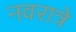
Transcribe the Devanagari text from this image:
नवरात्रे